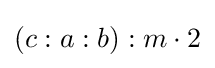
(c:a:b):m\cdot 2